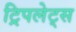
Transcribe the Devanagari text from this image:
ट्रिपलेट्स